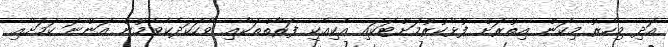
އަދި މިހާރު މިކަން އިތުރަށް ފުޅާކުރުމަށްޓަކައި އެކިއެކި ފަރާތްތަކާއި ވާހަކަދެކެވެމުން އަންނަ ކަމަށާއި